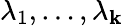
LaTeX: \lambda_{1},\ldots,\lambda_{\mathbf{k}}